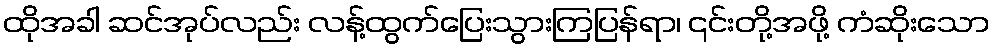
ထိုအခါ ဆင်အုပ်လည်း လန့်ထွက်ပြေးသွားကြပြန်ရာ၊ ၎င်းတို့အဖို့ ကံဆိုးသော